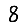
Digit: 8